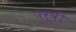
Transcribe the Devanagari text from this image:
पुरूषी